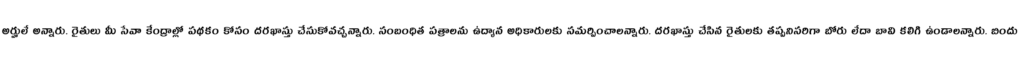
అర్హులే అన్నారు. రైతులు మీ సేవా కేంద్రాల్లో పథకం కోసం దరఖాస్తు చేసుకోవచ్చన్నారు. సంబంధిత పత్రాలను ఉద్యాన అధికారులకు సమర్పించాలన్నారు. దరఖాస్తు చేసిన రైతులకు తప్పనిసరిగా బోరు లేదా బావి కలిగి ఉండాలన్నారు. బిందు